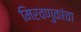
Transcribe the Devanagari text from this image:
मिरवणुकांचा